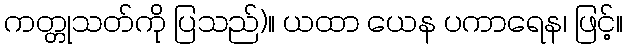
ကတ္တုသတ်ကို ပြသည်)။ ယထာ ယေန ပကာရေန၊ ဖြင့်။